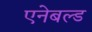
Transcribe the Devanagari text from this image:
एनेबल्ड